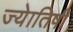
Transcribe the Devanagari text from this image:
ज्‍येातिषी